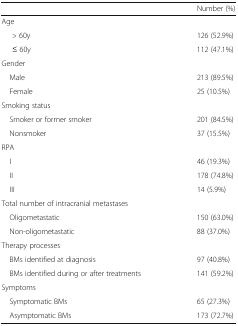
|  | Number (%) |
 | --- | --- |
 | <COLSPAN=2> Age |
 | > 60y | 126 (52.9%) |
 | ≤ 60y | 112 (47.1%) |
 | <COLSPAN=2> Gender |
 | Male | 213 (89.5%) |
 | Female | 25 (10.5%) |
 | <COLSPAN=2> Smoking status |
 | Smoker or former smoker | 201 (84.5%) |
 | Nonsmoker | 37 (15.5%) |
 | <COLSPAN=2> RPA |
 | I | 46 (19.3%) |
 | II | 178 (74.8%) |
 | III | 14 (5.9%) |
 | <COLSPAN=2> Total number of intracranial metastases |
 | Oligometastatic | 150 (63.0%) |
 | Non-oligometastatic | 88 (37.0%) |
 | <COLSPAN=2> Therapy processes |
 | BMs identified at diagnosis | 97 (40.8%) |
 | BMs identified during or after treatments | 141 (59.2%) |
 | <COLSPAN=2> Symptoms |
 | Symptomatic BMs | 65 (27.3%) |
 | Asymptomatic BMs | 173 (72.7%) |